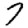
Digit: 7